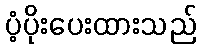
ပံ့ပိုးပေးထားသည်